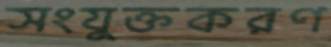
সংযুক্তকরণ